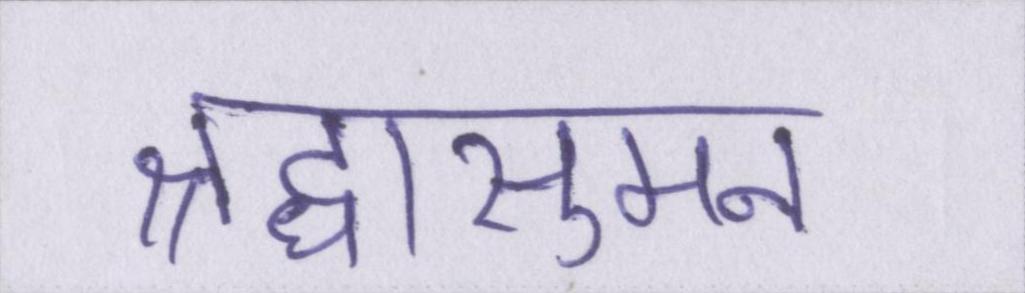
श्रद्धासुमन